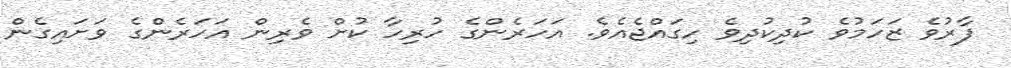
ފާރުވެ ޒަހަމުވެ ކުދިކުދިވެ ހިގައްޖެއެވެ. އަހަރެންގެ ހުރިހާ ކުށް ވެރިން އަހަރެންގެ ވަށައިގެން